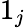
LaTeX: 1_{j}